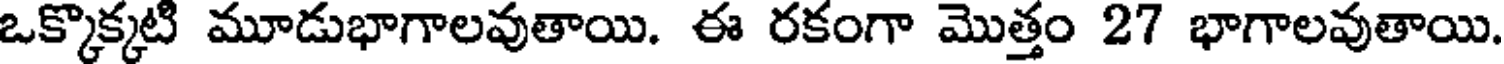
ఒక్కొక్కటి మూడుభాగాలవుతాయి. ఈ రకంగా మొత్తం 27 భాగాలవుతాయి.